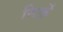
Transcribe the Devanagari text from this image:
सिर्फ़े